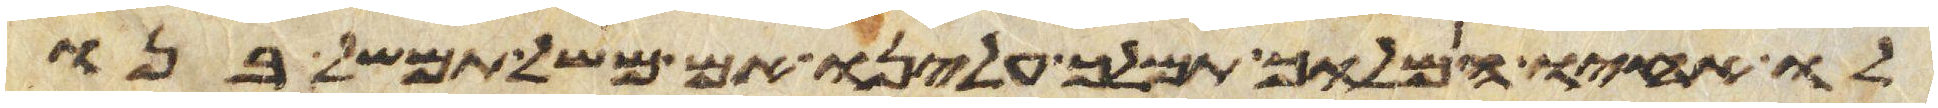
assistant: לו אחיו המלוך תמלך עלינו אם משל תמשל בנו